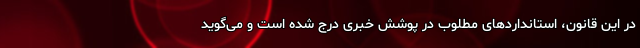
در این قانون، استانداردهای مطلوب در پوشش خبری درج شده است و می‌گوید